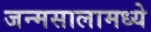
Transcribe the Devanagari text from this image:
जन्मसालामध्ये